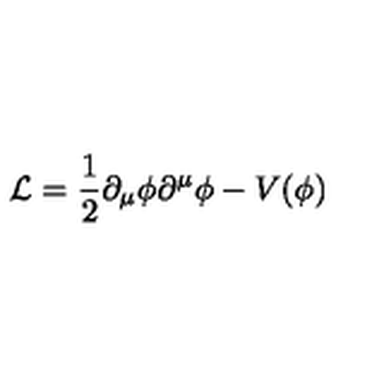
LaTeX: \mathcal { L } = \frac { 1 } { 2 } \partial _ { \mu } \phi \partial ^ { \mu } \phi - V ( \phi )